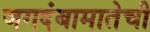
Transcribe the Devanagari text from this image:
जगदंबामातेची